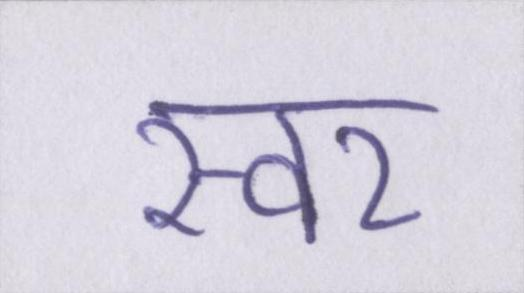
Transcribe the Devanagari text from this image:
स्वर